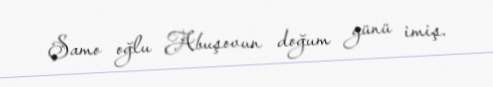
Şamo oğlu Abuşovun doğum günü imiş.